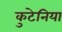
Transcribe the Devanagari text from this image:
कुटेनिया